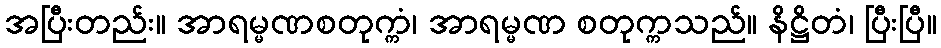
အပြီးတည်း။ အာရမ္မဏစတုက္ကံ၊ အာရမ္မဏ စတုက္ကသည်။ နိဋ္ဌိတံ၊ ပြီးပြီ။